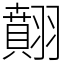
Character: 翸